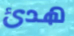
هدئ